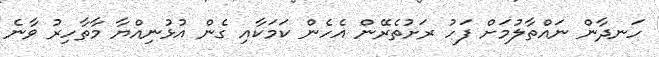
ހަނދާން ނައްތާލުމަށް ފަހު ރަށުތެރޭން އެހެން ކަމަކާއި ގެން އުޅުނިއްޔާ މާތާހިރު ވާނެ